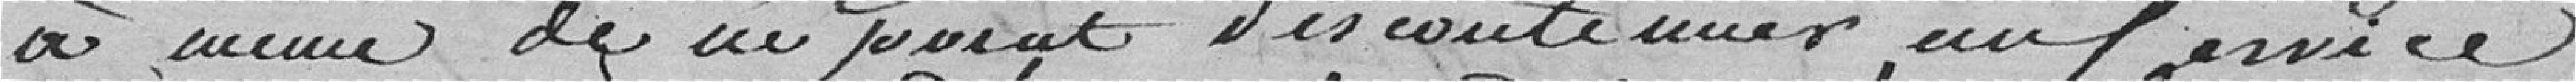
à même de .... discontinuer au Service